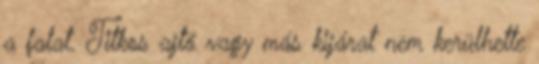
a falat. Titkos ajtó vagy más kijárat nem kerülhette